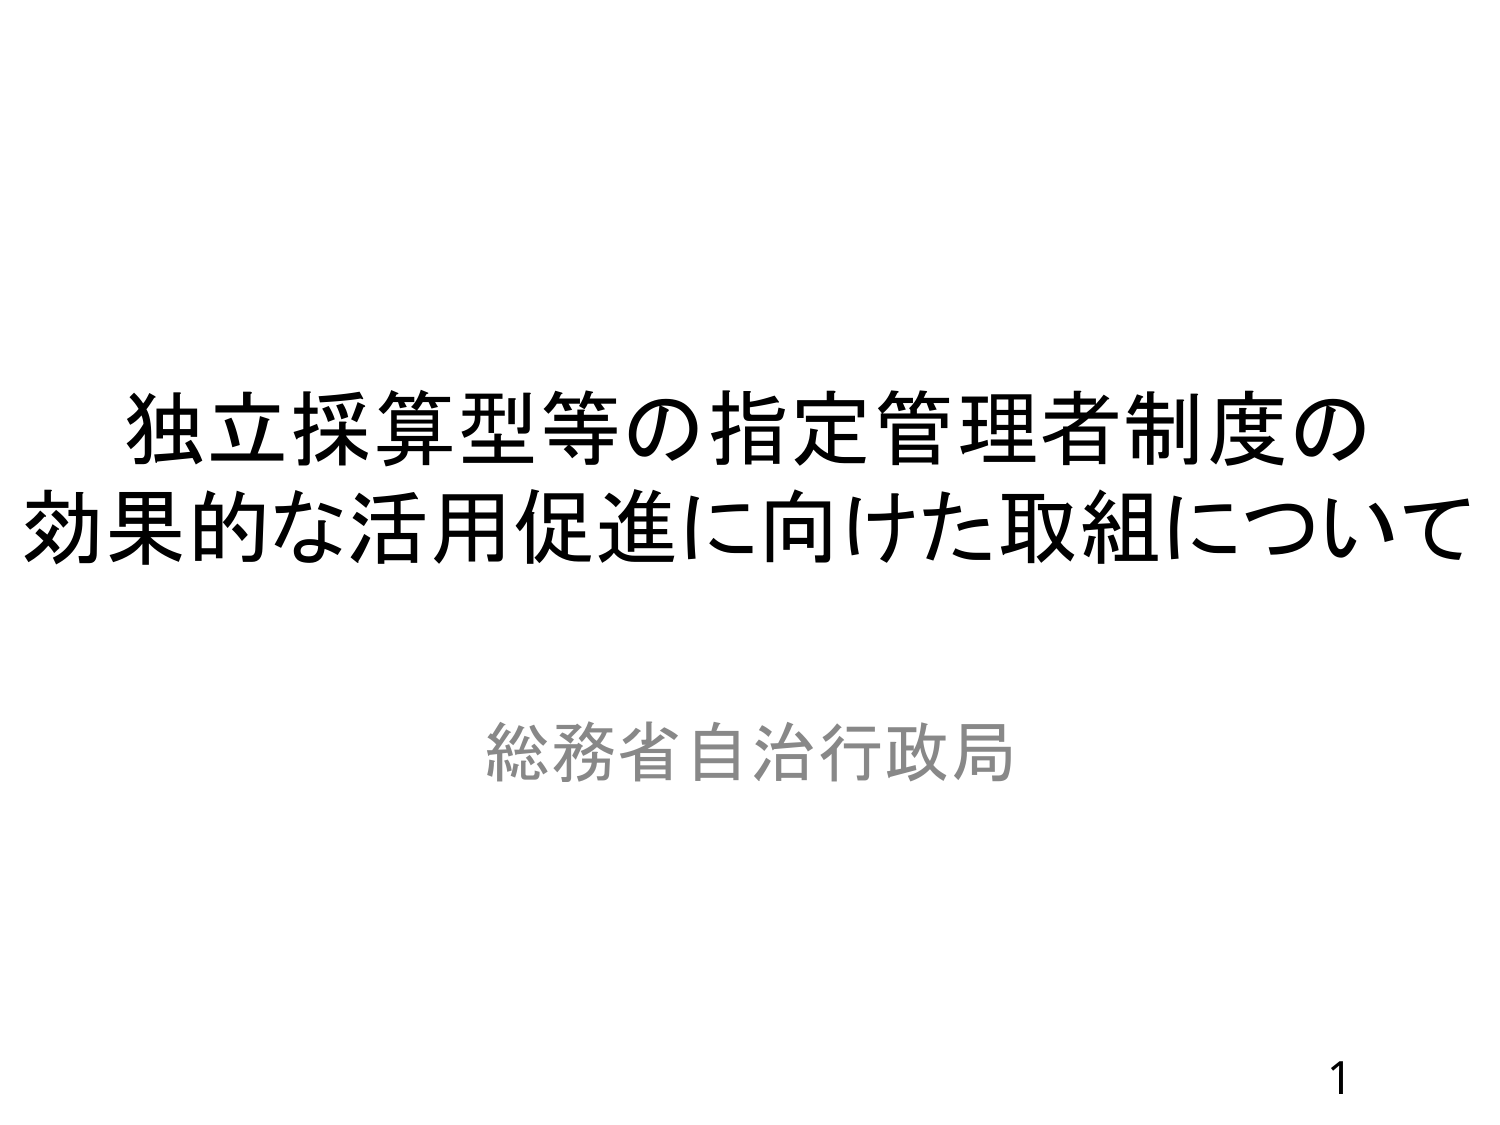
独立採算型等の指定管理者制度の
効果的な活用促進に向けた取組について

総務省自治行政局

1